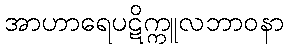
အာဟာရေပဋိက္ကူလဘာဝနာ